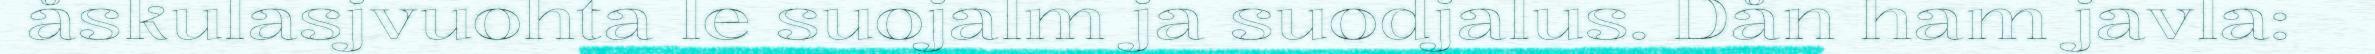
åskulasjvuohta le suojalm ja suodjalus. Dån ham javla: